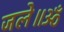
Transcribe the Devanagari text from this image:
जले॥ॐ